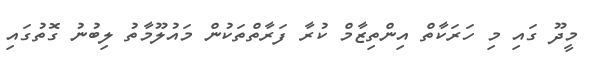
މީދޫ ގައި މި ހަރަކާތް އިންތިޒާމް ކުރާ ފަރާތްތަކުުން މައުލޫމާތު ލިބުނު ގޮތުގައި